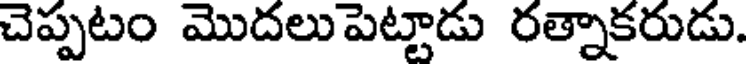
చెప్పటం మొదలుపెట్టాడు రత్నాకరుడు.